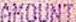
AMOUNT